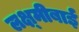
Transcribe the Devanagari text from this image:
लक्ष्‍मीबाई